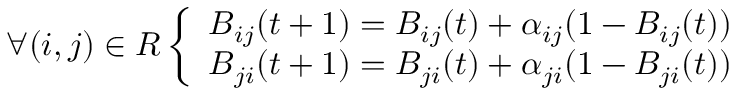
\forall ( i , j ) \in R \left\{ \begin{array} { l l } { B _ { i j } ( t + 1 ) = B _ { i j } ( t ) + \alpha _ { i j } ( 1 - B _ { i j } ( t ) ) } \\ { B _ { j i } ( t + 1 ) = B _ { j i } ( t ) + \alpha _ { j i } ( 1 - B _ { j i } ( t ) ) } \end{array} \right.